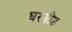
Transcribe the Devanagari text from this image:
घरडीह